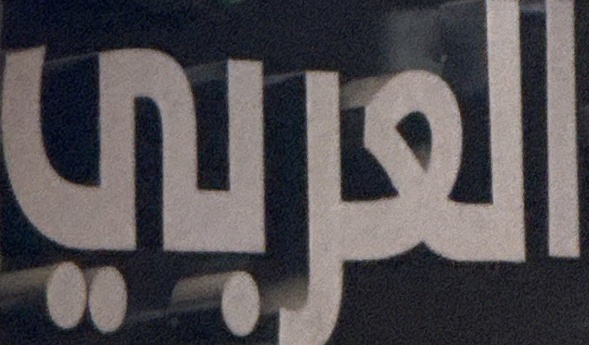
العربي